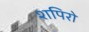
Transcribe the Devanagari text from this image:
शपिरो